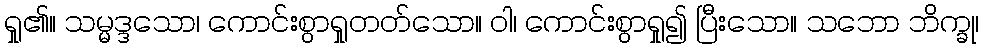
ရှု၏။ သမ္မဒ္ဒသော၊ ကောင်းစွာရှုတတ်သော။ ဝါ၊ ကောင်းစွာရှု၍ ပြီးသော။ သဘော ဘိက္ခု၊